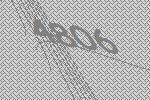
4806